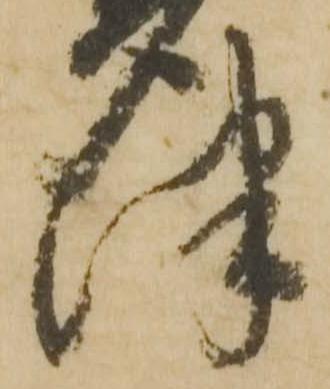
津